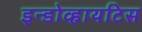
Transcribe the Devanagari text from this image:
इन्डोव्हायटिस